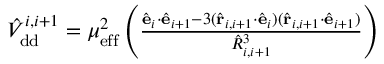
\begin{array} { r } { \hat { V } _ { \mathrm { d d } } ^ { i , i + 1 } = \mu _ { \mathrm { e f f } } ^ { 2 } \left( \frac { \hat { \bf e } _ { i } \cdot \hat { \bf e } _ { i + 1 } - 3 ( \hat { \bf r } _ { i , i + 1 } \cdot \hat { \bf e } _ { i } ) ( \hat { \bf r } _ { i , i + 1 } \cdot \hat { \bf e } _ { i + 1 } ) } { \hat { R } _ { i , i + 1 } ^ { 3 } } \right) } \end{array}